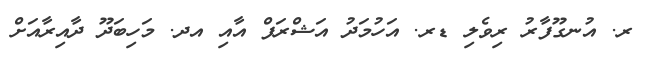
ރ. އުނގޫފާރު ރިވެލި ޑރ. އަހުމަދު އަޝްރަފް އާއި އދ. މަހިބަދޫ ދާއިރާއަށް